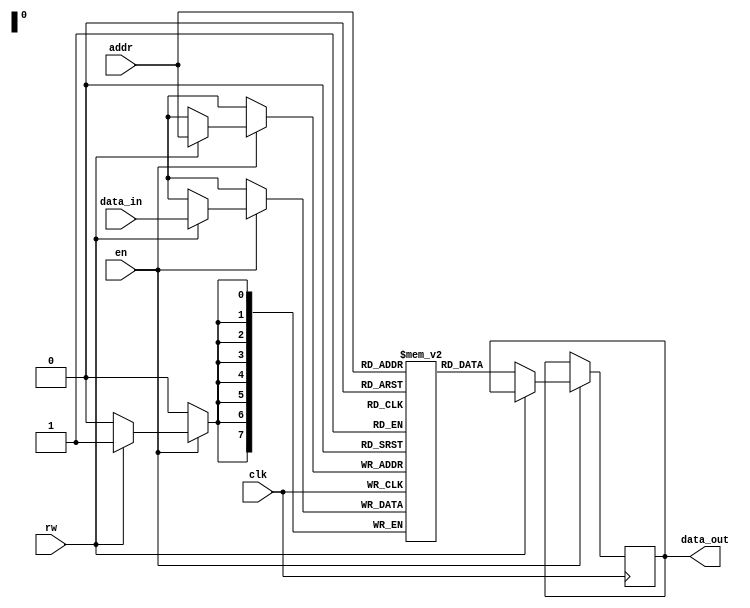
module sram (
    input wire clk,
    input wire en,
    input wire rw,
    input wire [7:0] addr,
    input wire [7:0] data_in,
    output reg [7:0] data_out
);

reg [7:0] memory [0:255];

always @(posedge clk) begin
    if (en) begin
        if (rw) begin
            // Write operation
            memory[addr] <= data_in;
        end else begin
            // Read operation
            data_out <= memory[addr];
        end
    end
end

endmodule